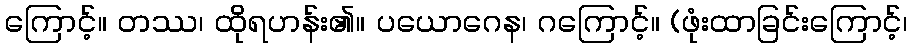
ကြောင့်။ တဿ၊ ထိုရဟန်း၏။ ပယောဂေန၊ ဂကြောင့်။ (ဖုံးထာခြင်းကြောင့်၊